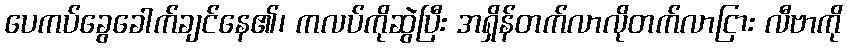
ပေကပ်ခွေခေါက်ချင်နေ၏၊ ကလပ်ကိုဆွဲပြီး အရှိန်တက်လာလိုတက်လာငြား လီဗာကို